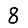
Digit: 8